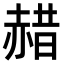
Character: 𫎯